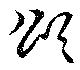
頌